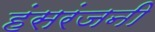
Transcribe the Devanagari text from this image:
हंसरंजनी